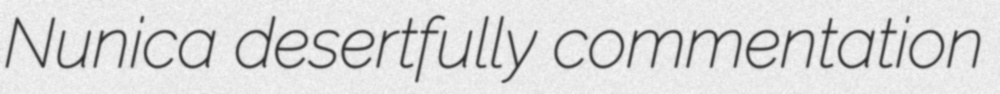
Nunica desertfully commentation